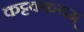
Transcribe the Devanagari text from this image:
कट्टक्कयम्